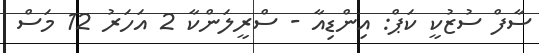
ސާފް ސުޒުކީ ކަޕް: އިންޑިއާ - ސްރީލަންކާ 2 އަހަރު 12 މަސް